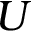
\boldsymbol { U }